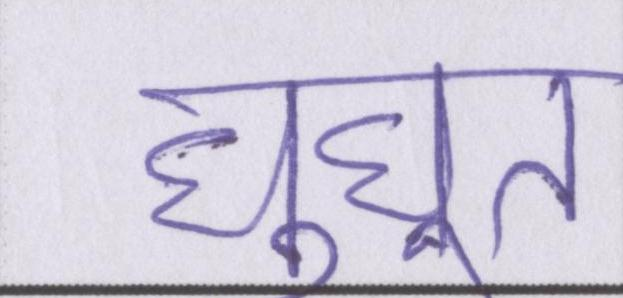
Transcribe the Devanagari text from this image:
घुघूत